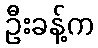
ဦးခန့်က